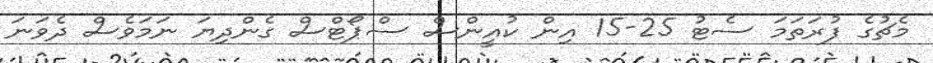
މެޗުގެ ފުރަތަމަ ސެޓު 25-15 އިން ކުއީންސް ސްޕޯޓްސް ގެންދިޔަ ނަމަވެސް ދެވަނަ